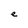
Character: e